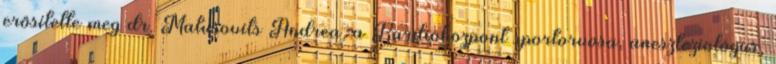
erősítette meg dr. Matusovits Andrea, a Kardioközpont sportorvosa, aneszteziológus,